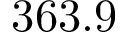
3 6 3 . 9